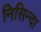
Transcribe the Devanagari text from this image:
निसिन्दा